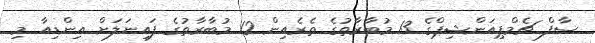
ސާފް ޗެމްޕިއަންޝިޕްގެ 13 މުބާރާތުގެ ތެރެއިން 12 މުބާރާތުގެ ފައިނަލަށް އިންޑިއާ މި